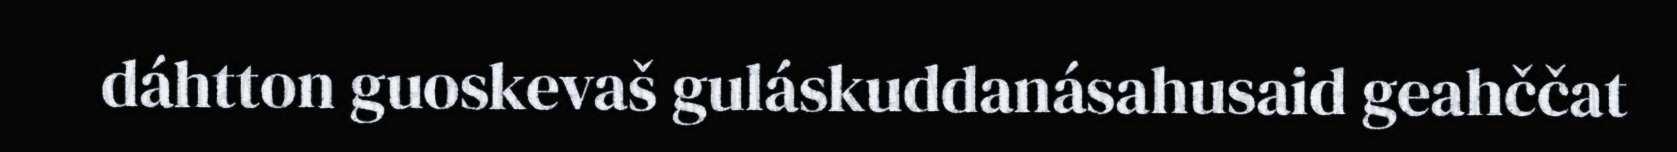
dáhtton guoskevaš guláskuddanásahusaid geahččat